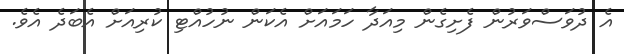
އެ ދުވަސްވަރުން ފެށިގެން މިއަދާ ހަމައަށް އެކަން ނުހުއްޓި ކުރިއަށް އެބަދެ އެވެ.